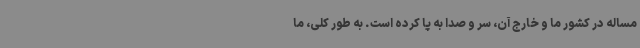
مساله در کشور ما و خارج آن، سر و صدا به پا کرده است. به طور کلی، ما